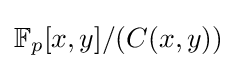
\mathbb {F} _{p}[x,y]/(C(x,y))